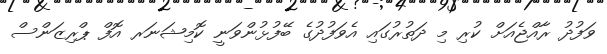
ވަފުދު ރާއްޖެއަށް ކުރި މި ދަތުރުގައި އެވަފުދުގެ ބޭފުޅުންވަނީ ކޮމިޝަނަރ އޮފް ޕްރިޒަންސް